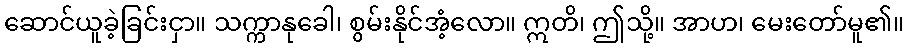
ဆောင်ယူခဲ့ခြင်းငှာ။ သက္ကာနုခေါ၊ စွမ်းနိုင်အံ့လော။ ဣတိ၊ ဤသို့။ အာဟ၊ မေးတော်မူ၏။